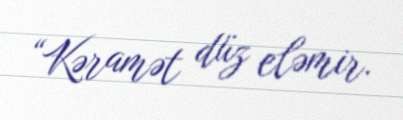
“Kəramət düz eləmir.